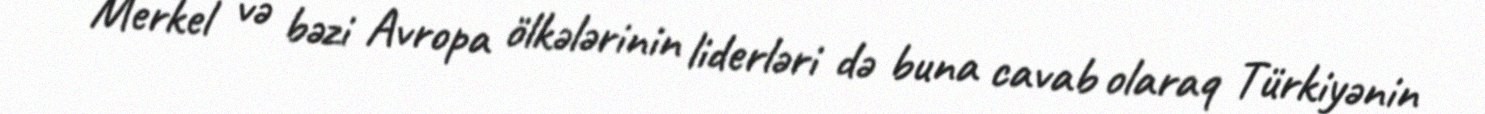
Merkel və bəzi Avropa ölkələrinin liderləri də buna cavab olaraq Türkiyənin